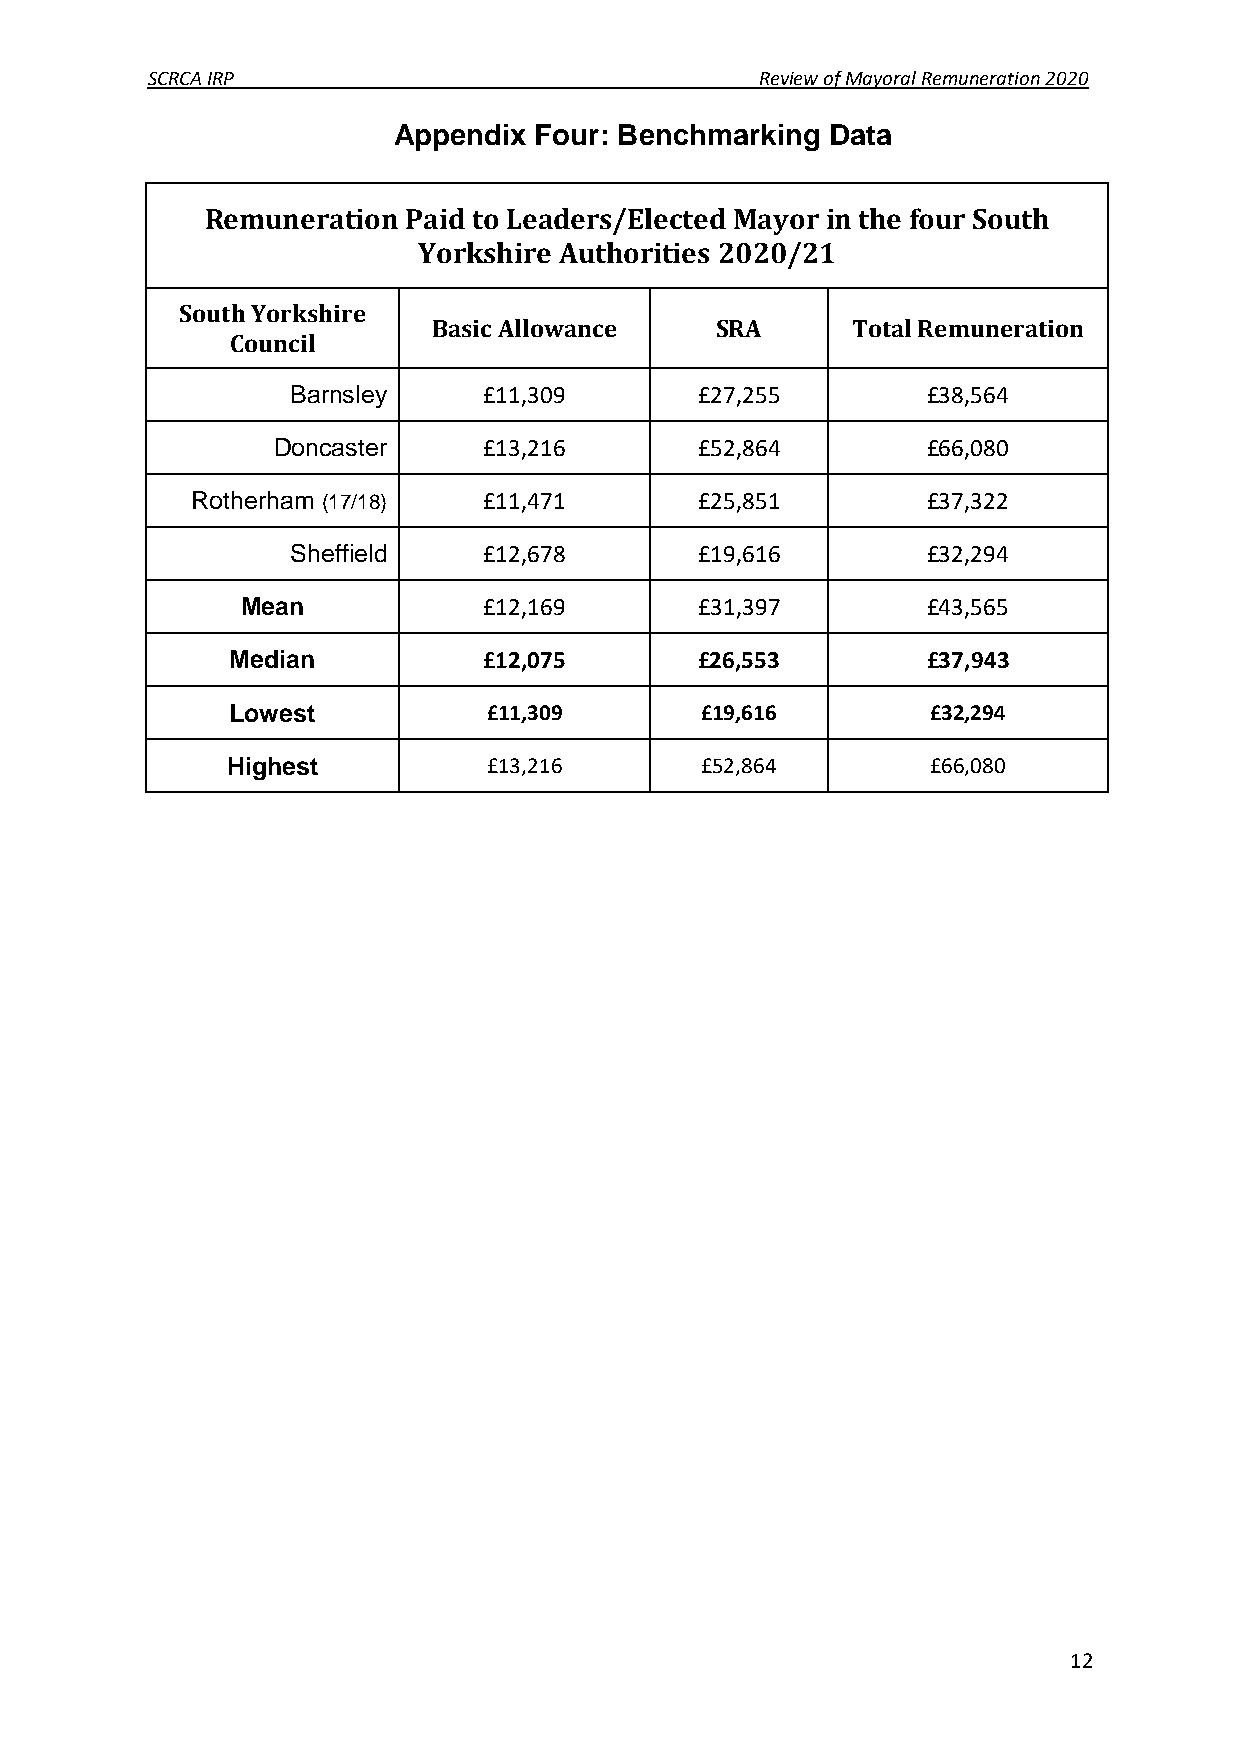
SCRCA IRP                               Review of Mayoral Remuneration 2020
 Appendix Four: Benchmarking  Data
 Remuneration Paid to Leaders/Elected Mayor in the four South
 Yorkshire Authorities 2020/21
 South Yorkshire
 Basic Allowance   SRA      Total Remuneration
 Council
 Barnsley     £11,309       £27,255        £38,564
 Doncaster     £13,216       £52,864        £66,080
 Rotherham (17/18)  £11,471       £25,851        £37,322
 Sheffield    £12,678       £19,616        £32,294
 Mean            £12,169       £31,397        £43,565
 Median           £12,075       £26,553        £37,943
 Lowest           £11,309       £19,616         £32,294
 Highest          £13,216       £52,864         £66,080
 12